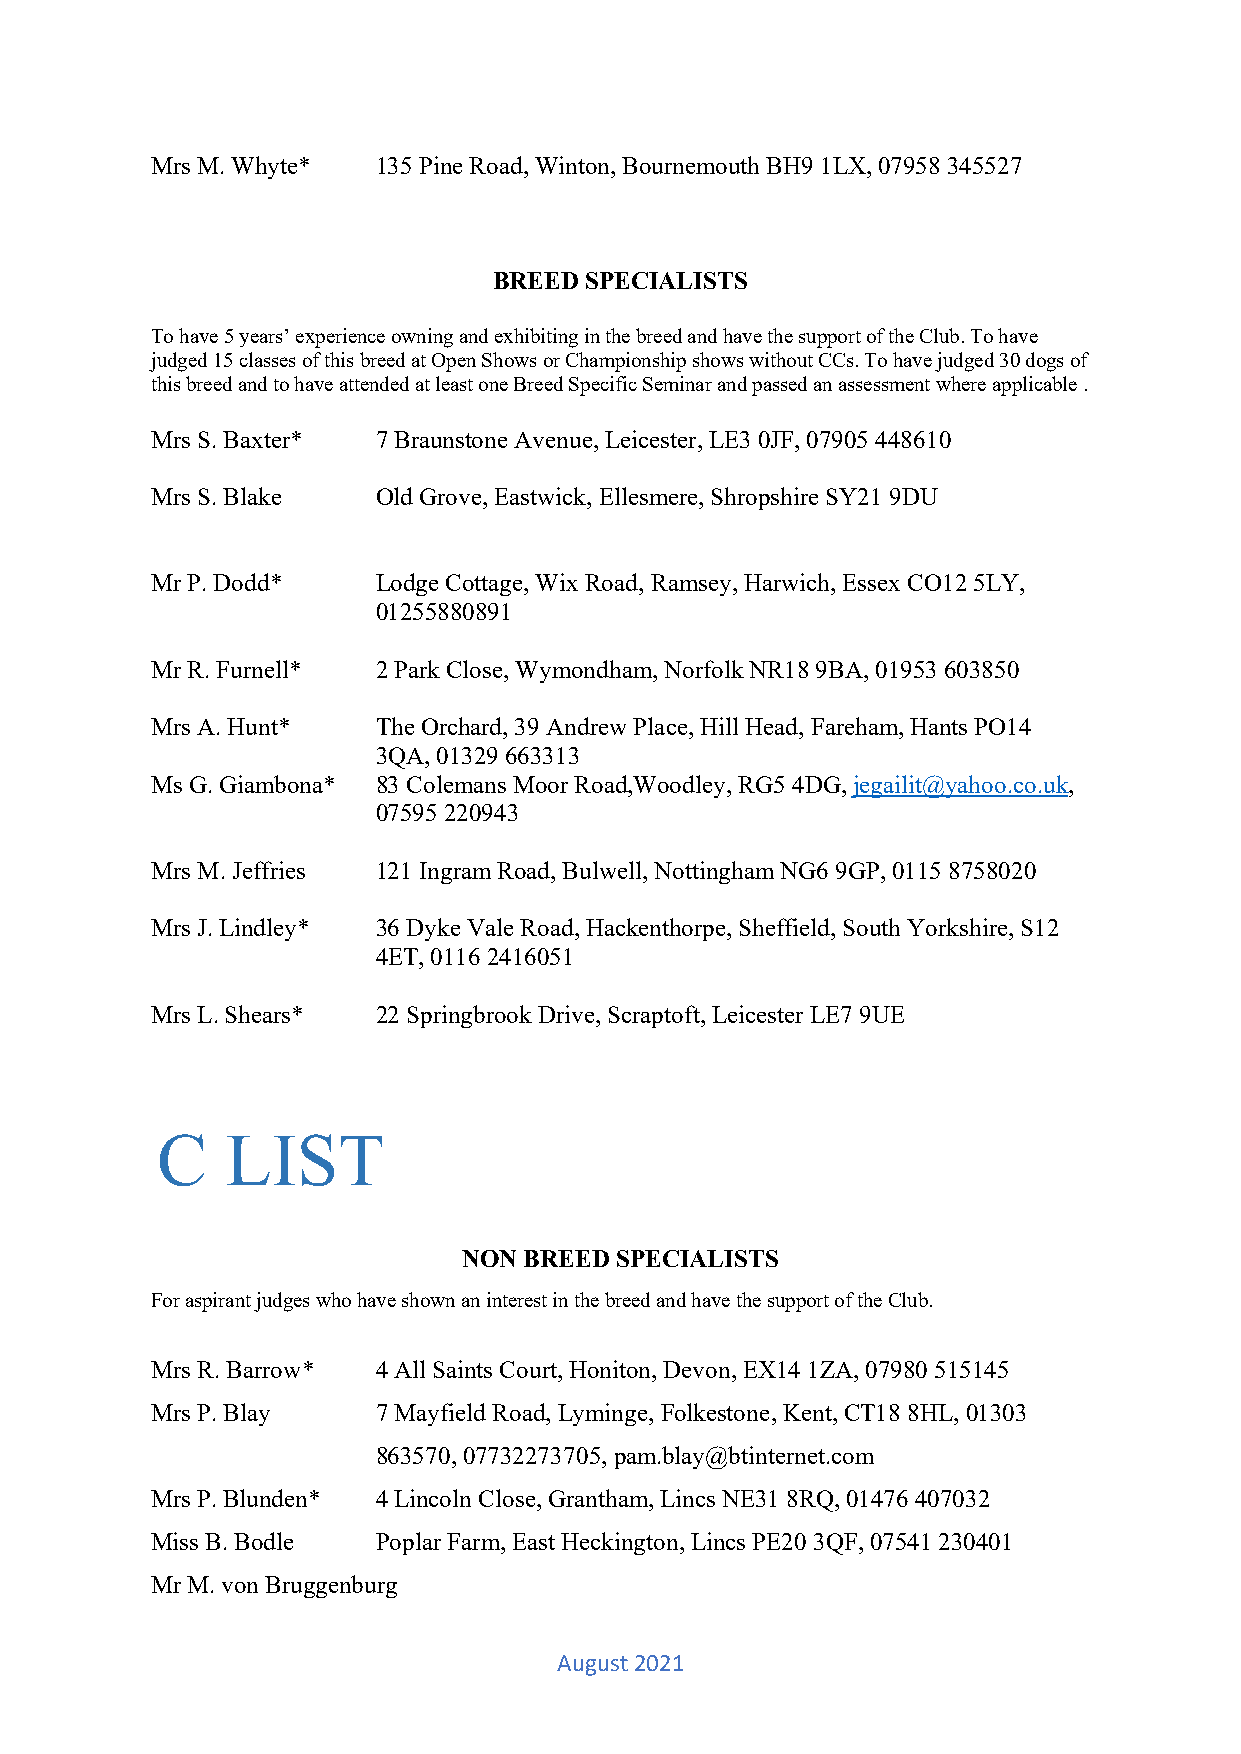
Mrs M. Whyte*  135 Pine Road, Winton, Bournemouth BH9 1LX, 07958 345527
 BREED SPECIALISTS
 To have 5 years’ experience owning and exhibiting in the breed and have the support of the Club. To have
 judged 15 classes of this breed at Open Shows or Championship shows without CCs. To have judged 30 dogs of
 this breed and to have attended at least one Breed Specific Seminar and passed an assessment where applicable .
 Mrs S. Baxter* 7 Braunstone Avenue, Leicester, LE3 0JF, 07905 448610
 Mrs S. Blake   Old Grove, Eastwick, Ellesmere, Shropshire SY21 9DU
 Mr P. Dodd*    Lodge Cottage, Wix Road, Ramsey, Harwich, Essex CO12 5LY,
 01255880891
 Mr R. Furnell* 2 Park Close, Wymondham, Norfolk NR18 9BA, 01953 603850
 Mrs A. Hunt*   The Orchard, 39 Andrew Place, Hill Head, Fareham, Hants PO14
 3QA, 01329 663313
 Ms G. Giambona* 83 Colemans Moor Road,Woodley, RG5 4DG, jegailit@yahoo.co.uk,
 07595 220943
 Mrs M. Jeffries 121 Ingram Road, Bulwell, Nottingham NG6 9GP, 0115 8758020
 Mrs J. Lindley* 36 Dyke Vale Road, Hackenthorpe, Sheffield, South Yorkshire, S12
 4ET, 0116 2416051
 Mrs L. Shears* 22 Springbrook Drive, Scraptoft, Leicester LE7 9UE
 C    LIST
 NON BREED SPECIALISTS
 For aspirant judges who have shown an interest in the breed and have the support of the Club.
 Mrs R. Barrow* 4 All Saints Court, Honiton, Devon, EX14 1ZA, 07980 515145
 Mrs P. Blay    7 Mayfield Road, Lyminge, Folkestone, Kent, CT18 8HL, 01303
 863570, 07732273705, pam.blay@btinternet.com
 Mrs P. Blunden* 4 Lincoln Close, Grantham, Lincs NE31 8RQ, 01476 407032
 Miss B. Bodle  Poplar Farm, East Heckington, Lincs PE20 3QF, 07541 230401
 Mr M. von Bruggenburg
 August 2021